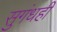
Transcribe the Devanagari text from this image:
सुगंधही